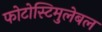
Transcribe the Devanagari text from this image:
फोटोस्टिमुलेबल